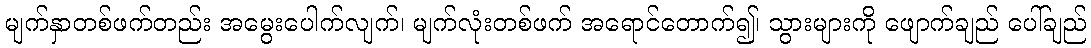
မျက်နှာတစ်ဖက်တည်း အမွေးပေါက်လျက်၊ မျက်လုံးတစ်ဖက် အရောင်တောက်၍၊ သွားများကို ဖျောက်ချည် ပေါ်ချည်